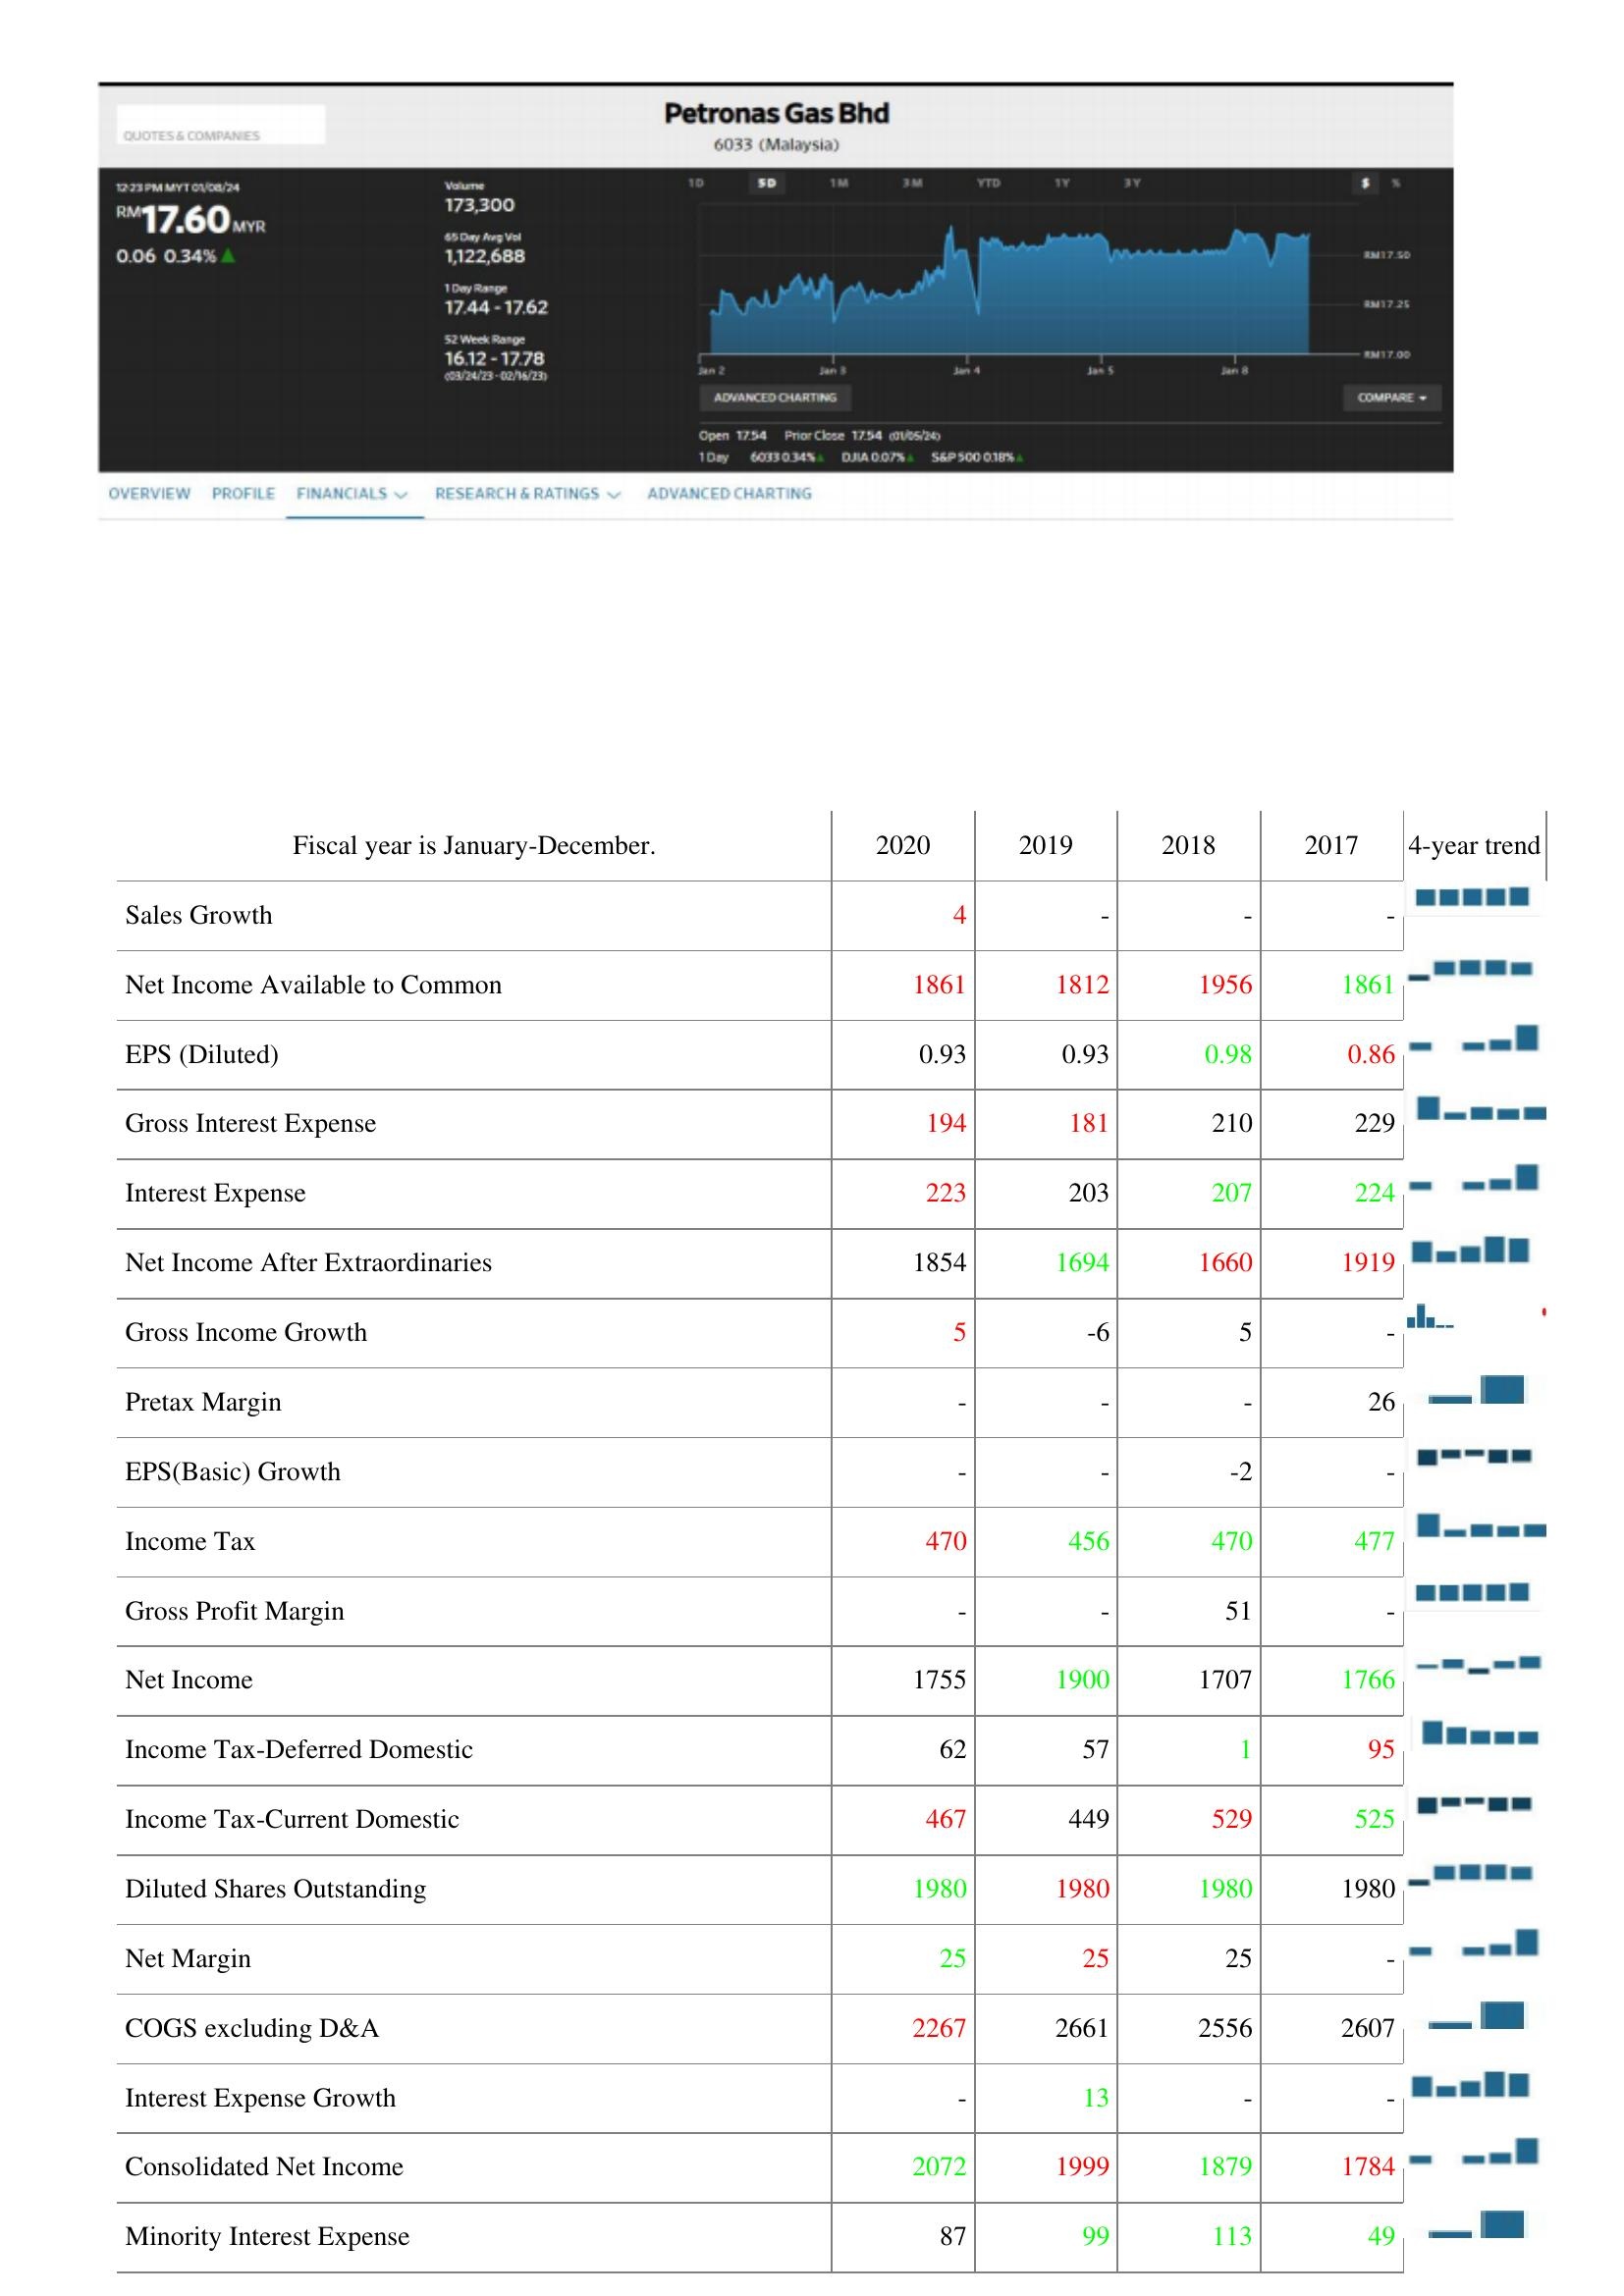
2020: : Sales Growth: 4
Net Income Available to Common: 1861
EPS (Diluted): 0.93
Gross Interest Expense: 194
Interest Expense: 223
Net Income After Extraordinaries: 1854
Gross Income Growth: 5
Pretax Margin: -
EPS(Basic) Growth: -
Income Tax: 470
Gross Profit Margin: -
Net Income: 1755
Income Tax-Deferred Domestic: 62
Income Tax-Current Domestic: 467
Diluted Shares Outstanding: 1980
Net Margin: 25
COGS excluding D&A: 2267
Interest Expense Growth: -
Consolidated Net Income: 2072
Minority Interest Expense: 87
2019: : Sales Growth: -
Net Income Available to Common: 1812
EPS (Diluted): 0.93
Gross Interest Expense: 181
Interest Expense: 203
Net Income After Extraordinaries: 1694
Gross Income Growth: -6
Pretax Margin: -
EPS(Basic) Growth: -
Income Tax: 456
Gross Profit Margin: -
Net Income: 1900
Income Tax-Deferred Domestic: 57
Income Tax-Current Domestic: 449
Diluted Shares Outstanding: 1980
Net Margin: 25
COGS excluding D&A: 2661
Interest Expense Growth: 13
Consolidated Net Income: 1999
Minority Interest Expense: 99
2018: : Sales Growth: -
Net Income Available to Common: 1956
EPS (Diluted): 0.98
Gross Interest Expense: 210
Interest Expense: 207
Net Income After Extraordinaries: 1660
Gross Income Growth: 5
Pretax Margin: -
EPS(Basic) Growth: -2
Income Tax: 470
Gross Profit Margin: 51
Net Income: 1707
Income Tax-Deferred Domestic: 1
Income Tax-Current Domestic: 529
Diluted Shares Outstanding: 1980
Net Margin: 25
COGS excluding D&A: 2556
Interest Expense Growth: -
Consolidated Net Income: 1879
Minority Interest Expense: 113
2017: : Sales Growth: -
Net Income Available to Common: 1861
EPS (Diluted): 0.86
Gross Interest Expense: 229
Interest Expense: 224
Net Income After Extraordinaries: 1919
Gross Income Growth: -
Pretax Margin: 26
EPS(Basic) Growth: -
Income Tax: 477
Gross Profit Margin: -
Net Income: 1766
Income Tax-Deferred Domestic: 95
Income Tax-Current Domestic: 525
Diluted Shares Outstanding: 1980
Net Margin: -
COGS excluding D&A: 2607
Interest Expense Growth: -
Consolidated Net Income: 1784
Minority Interest Expense: 49